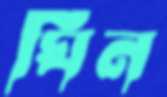
ঘিন